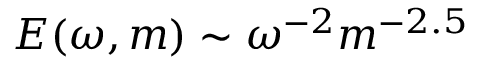
E ( \omega , m ) \sim \omega ^ { - 2 } m ^ { - 2 . 5 }